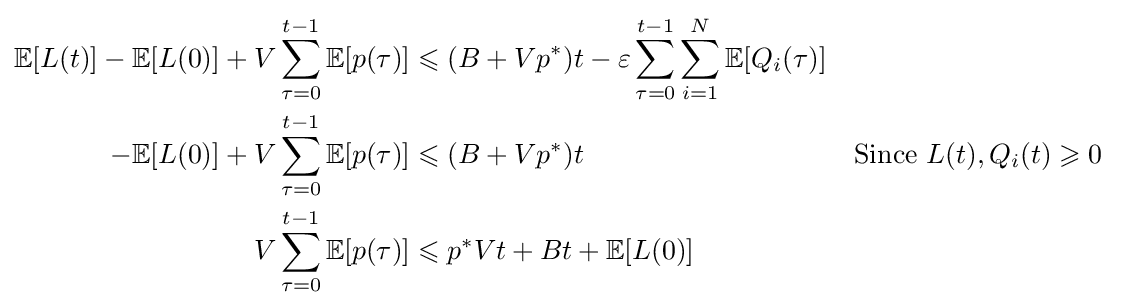
{\begin{aligned}\mathbb {E} [L(t)]-\mathbb {E} [L(0)]+V\sum _{\tau =0}^{t-1}\mathbb {E} [p(\tau )]&\leqslant (B+Vp^{*})t-\varepsilon \sum _{\tau =0}^{t-1}\sum _{i=1}^{N}\mathbb {E} [Q_{i}(\tau )]\\-\mathbb {E} [L(0)]+V\sum _{\tau =0}^{t-1}\mathbb {E} [p(\tau )]&\leqslant (B+Vp^{*})t&&{\text{Since }}L(t),Q_{i}(t)\geqslant 0\\V\sum _{\tau =0}^{t-1}\mathbb {E} [p(\tau )]&\leqslant p^{*}Vt+Bt+\mathbb {E} [L(0)]\end{aligned}}